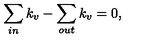
\sum _ { i n } k _ { v } - \sum _ { o u t } k _ { v } = 0 ,